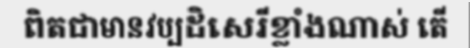
ពិតជាមានវប្បដិសេរីខ្លាំងណាស់ តើ